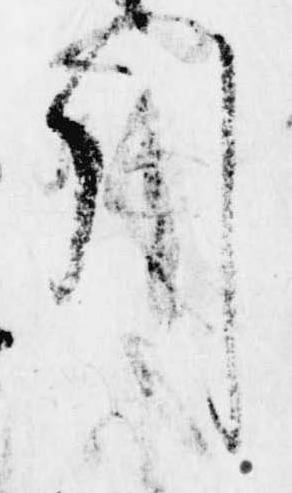
引